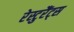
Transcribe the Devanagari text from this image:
रेस्टुरैंट्स